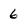
Character: 6